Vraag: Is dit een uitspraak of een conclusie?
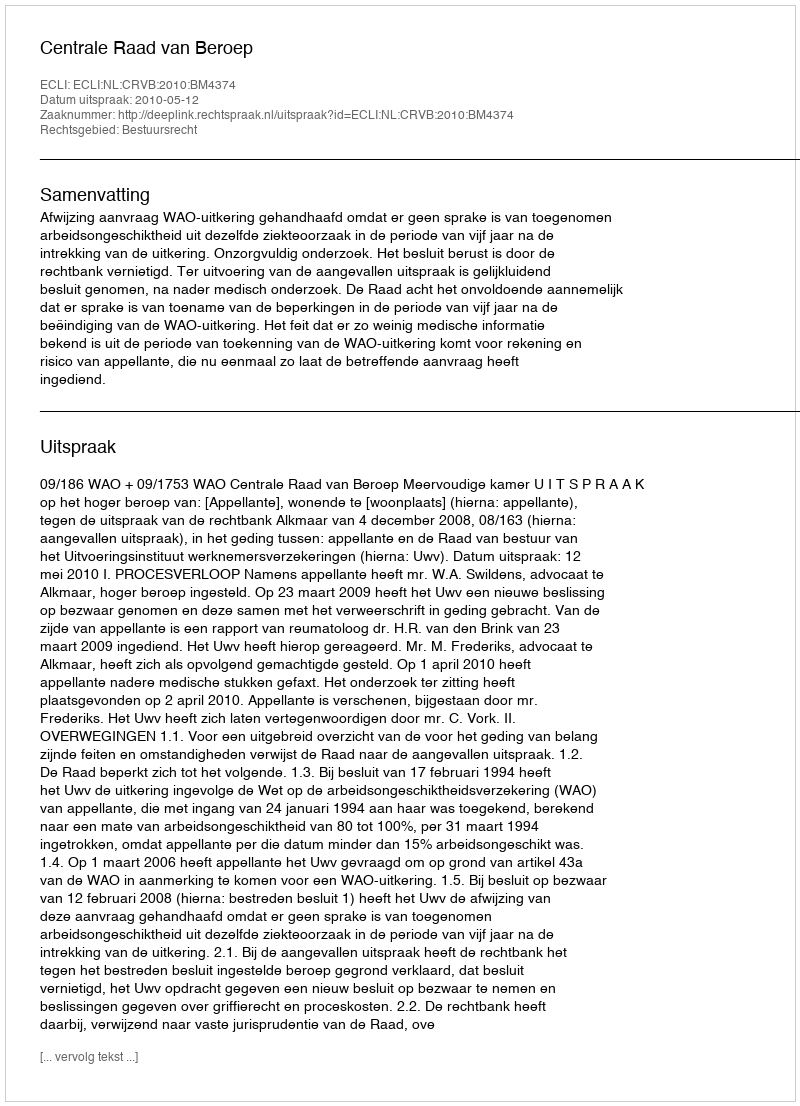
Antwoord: Uitspraak